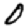
Digit: 0